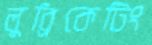
লুব্রিকেটিং